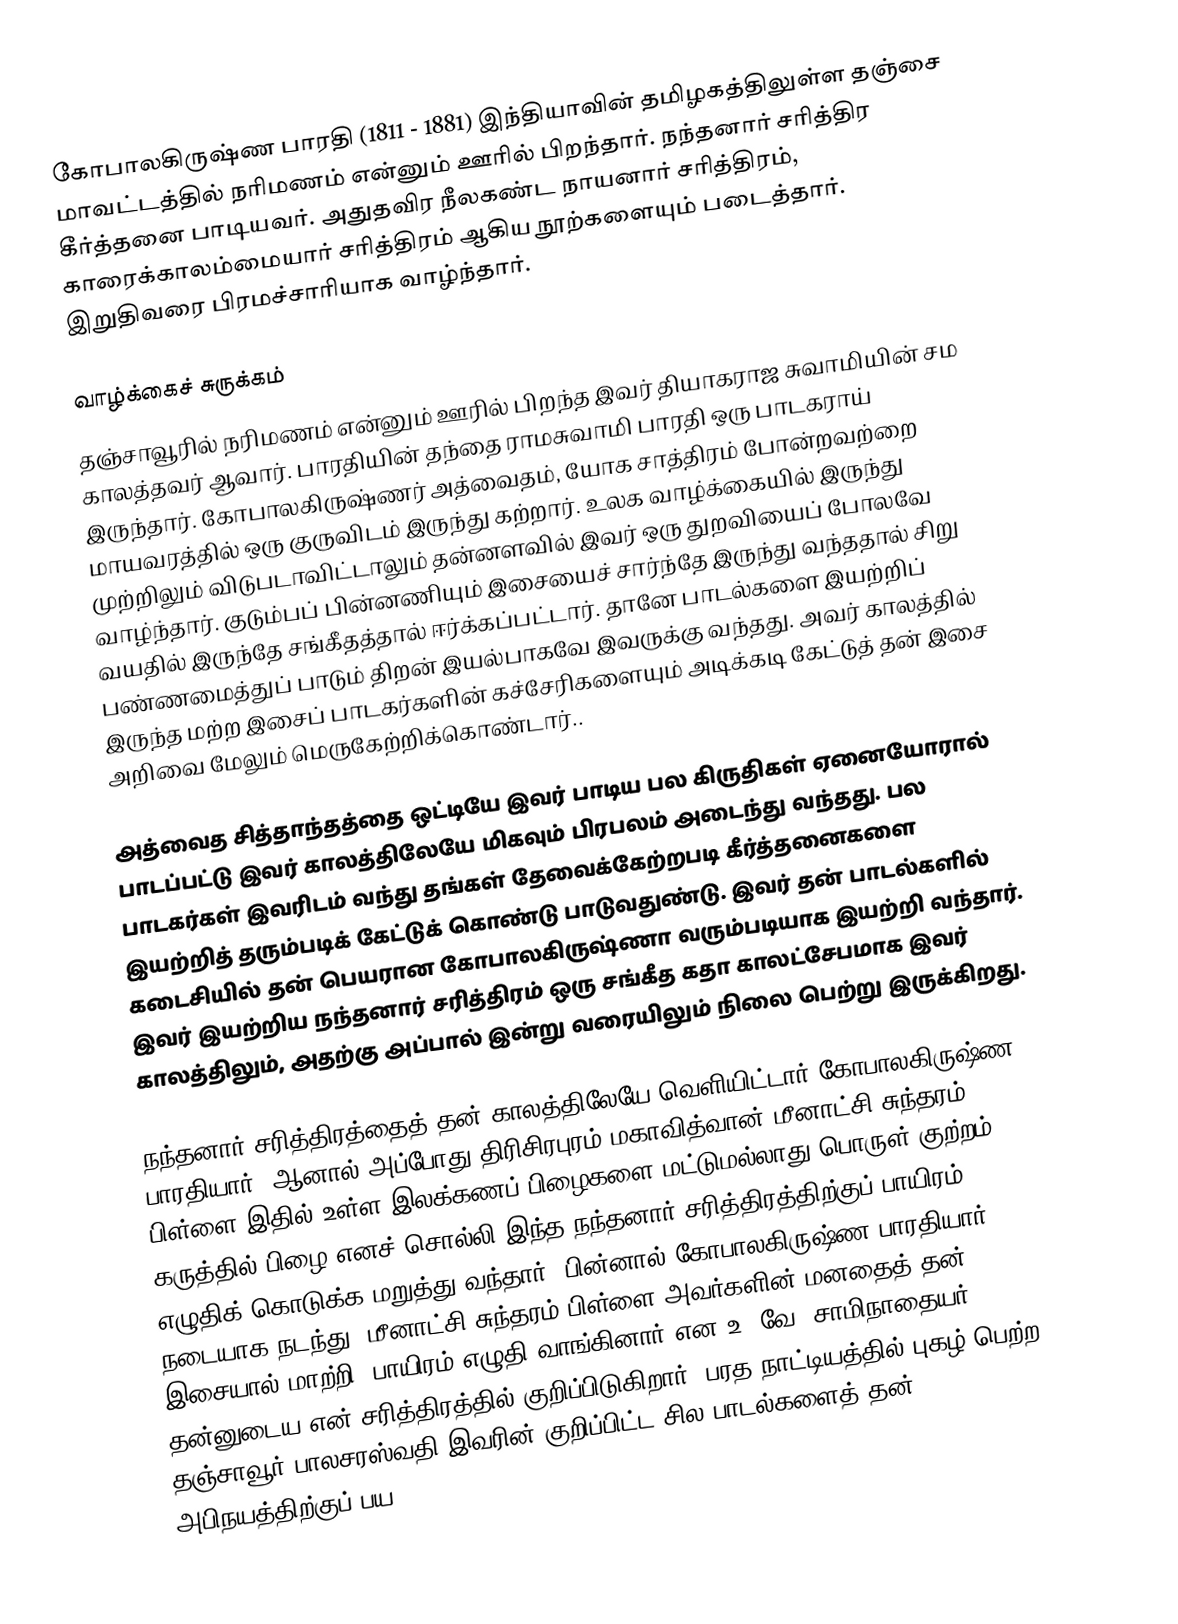
கோபாலகிருஷ்ண பாரதி (1811 - 1881) இந்தியாவின் தமிழகத்திலுள்ள தஞ்சை மாவட்டத்தில் நரிமணம் என்னும் ஊரில் பிறந்தார். நந்தனார் சரித்திர கீர்த்தனை பாடியவர். அதுதவிர நீலகண்ட நாயனார் சரித்திரம், காரைக்காலம்மையார் சரித்திரம் ஆகிய நூற்களையும் படைத்தார். இறுதிவரை பிரமச்சாரியாக வாழ்ந்தார்.

வாழ்க்கைச் சுருக்கம்
தஞ்சாவூரில் நரிமணம் என்னும் ஊரில் பிறந்த இவர் தியாகராஜ சுவாமியின் சம காலத்தவர் ஆவார். பாரதியின் தந்தை ராமசுவாமி பாரதி ஒரு பாடகராய் இருந்தார். கோபாலகிருஷ்ணர் அத்வைதம், யோக சாத்திரம் போன்றவற்றை மாயவரத்தில் ஒரு குருவிடம் இருந்து கற்றார். உலக வாழ்க்கையில் இருந்து முற்றிலும் விடுபடாவிட்டாலும் தன்னளவில் இவர் ஒரு துறவியைப் போலவே வாழ்ந்தார். குடும்பப் பின்னணியும் இசையைச் சார்ந்தே இருந்து வந்ததால் சிறு வயதில் இருந்தே சங்கீதத்தால் ஈர்க்கப்பட்டார். தானே பாடல்களை இயற்றிப் பண்ணமைத்துப் பாடும் திறன் இயல்பாகவே இவருக்கு வந்தது. அவர் காலத்தில் இருந்த மற்ற இசைப் பாடகர்களின் கச்சேரிகளையும் அடிக்கடி கேட்டுத் தன் இசை அறிவை மேலும் மெருகேற்றிக்கொண்டார்..

அத்வைத சித்தாந்தத்தை ஒட்டியே இவர் பாடிய பல கிருதிகள் ஏனையோரால் பாடப்பட்டு இவர் காலத்திலேயே மிகவும் பிரபலம் அடைந்து வந்தது. பல பாடகர்கள் இவரிடம் வந்து தங்கள் தேவைக்கேற்றபடி கீர்த்தனைகளை இயற்றித் தரும்படிக் கேட்டுக் கொண்டு பாடுவதுண்டு. இவர் தன் பாடல்களில் கடைசியில் தன் பெயரான கோபாலகிருஷ்ணா வரும்படியாக இயற்றி வந்தார். இவர் இயற்றிய நந்தனார் சரித்திரம் ஒரு சங்கீத கதா காலட்சேபமாக இவர் காலத்திலும், அதற்கு அப்பால் இன்று வரையிலும் நிலை பெற்று இருக்கிறது.

நந்தனார் சரித்திரத்தைத் தன் காலத்திலேயே வெளியிட்டார் கோபாலகிருஷ்ண பாரதியார். ஆனால் அப்போது திரிசிரபுரம் மகாவித்வான் மீனாட்சி சுந்தரம் பிள்ளை இதில் உள்ள இலக்கணப் பிழைகளை மட்டுமல்லாது பொருள் குற்றம், கருத்தில் பிழை எனச் சொல்லி இந்த நந்தனார் சரித்திரத்திற்குப் பாயிரம் எழுதிக் கொடுக்க மறுத்து வந்தார். பின்னால் கோபாலகிருஷ்ண பாரதியார் நடையாக நடந்து, மீனாட்சி சுந்தரம் பிள்ளை அவர்களின் மனதைத் தன் இசையால் மாற்றி, பாயிரம் எழுதி வாங்கினார் என உ. வே. சாமிநாதையர் தன்னுடைய என் சரித்திரத்தில் குறிப்பிடுகிறார். பரத நாட்டியத்தில் புகழ் பெற்ற தஞ்சாவூர் பாலசரஸ்வதி இவரின் குறிப்பிட்ட சில பாடல்களைத் தன் அபிநயத்திற்குப் பய